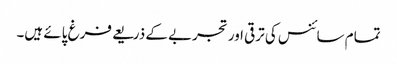
تمام سائنس کی ترقی اور تجربے کے ذریعے فرغ پائے ہیں۔